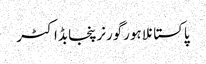
پاکستانلاہورگورنرپنجابڈاکٹر